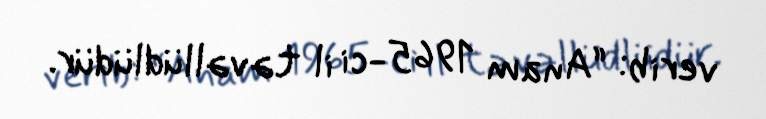
verib: “Anam 1965-ci il təvəllüdlüdür.